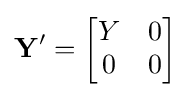
\mathbf {Y'} ={\begin{bmatrix}Y&0\\0&0\\\end{bmatrix}}